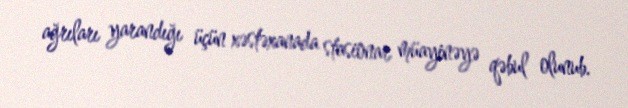
ağrıları yarandığı üçün xəstəxanada stasionar müayinəyə qəbul olunub.